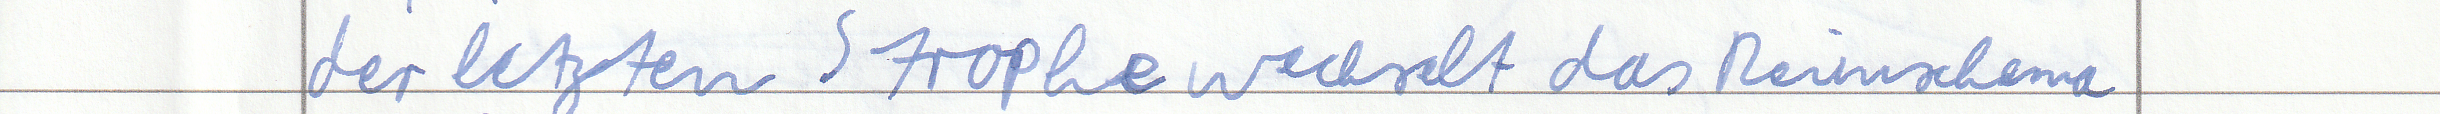
der letzten Strophe wechselt das Reimschema